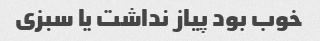
خوب بود پیاز نداشت یا سبزی